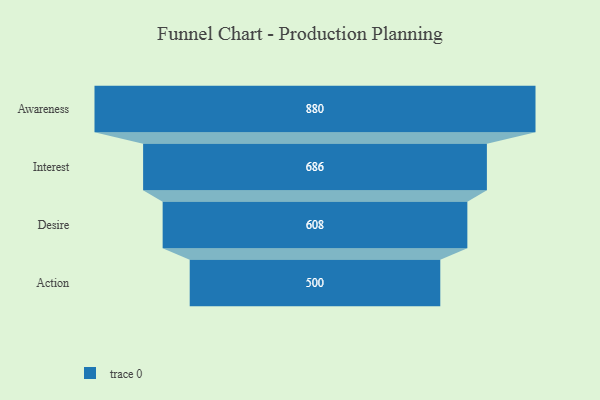
{"axis": {"x": "Stage", "y": "Value"}, "legend": [""], "data": [{"x": "Awareness", "y": 880.0, "type": ""}, {"x": "Interest", "y": 686.0, "type": ""}, {"x": "Desire", "y": 608.0, "type": ""}, {"x": "Action", "y": 500, "type": ""}]}